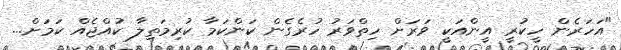
"އަހަރެން ހީކުރީ އީންއަކީ ވަރަށް ހިތްވަރު ހުރެގެން ކަންކަމާ ކުރިމަތިލާ ކުއްޖެއް ކަމަށް...